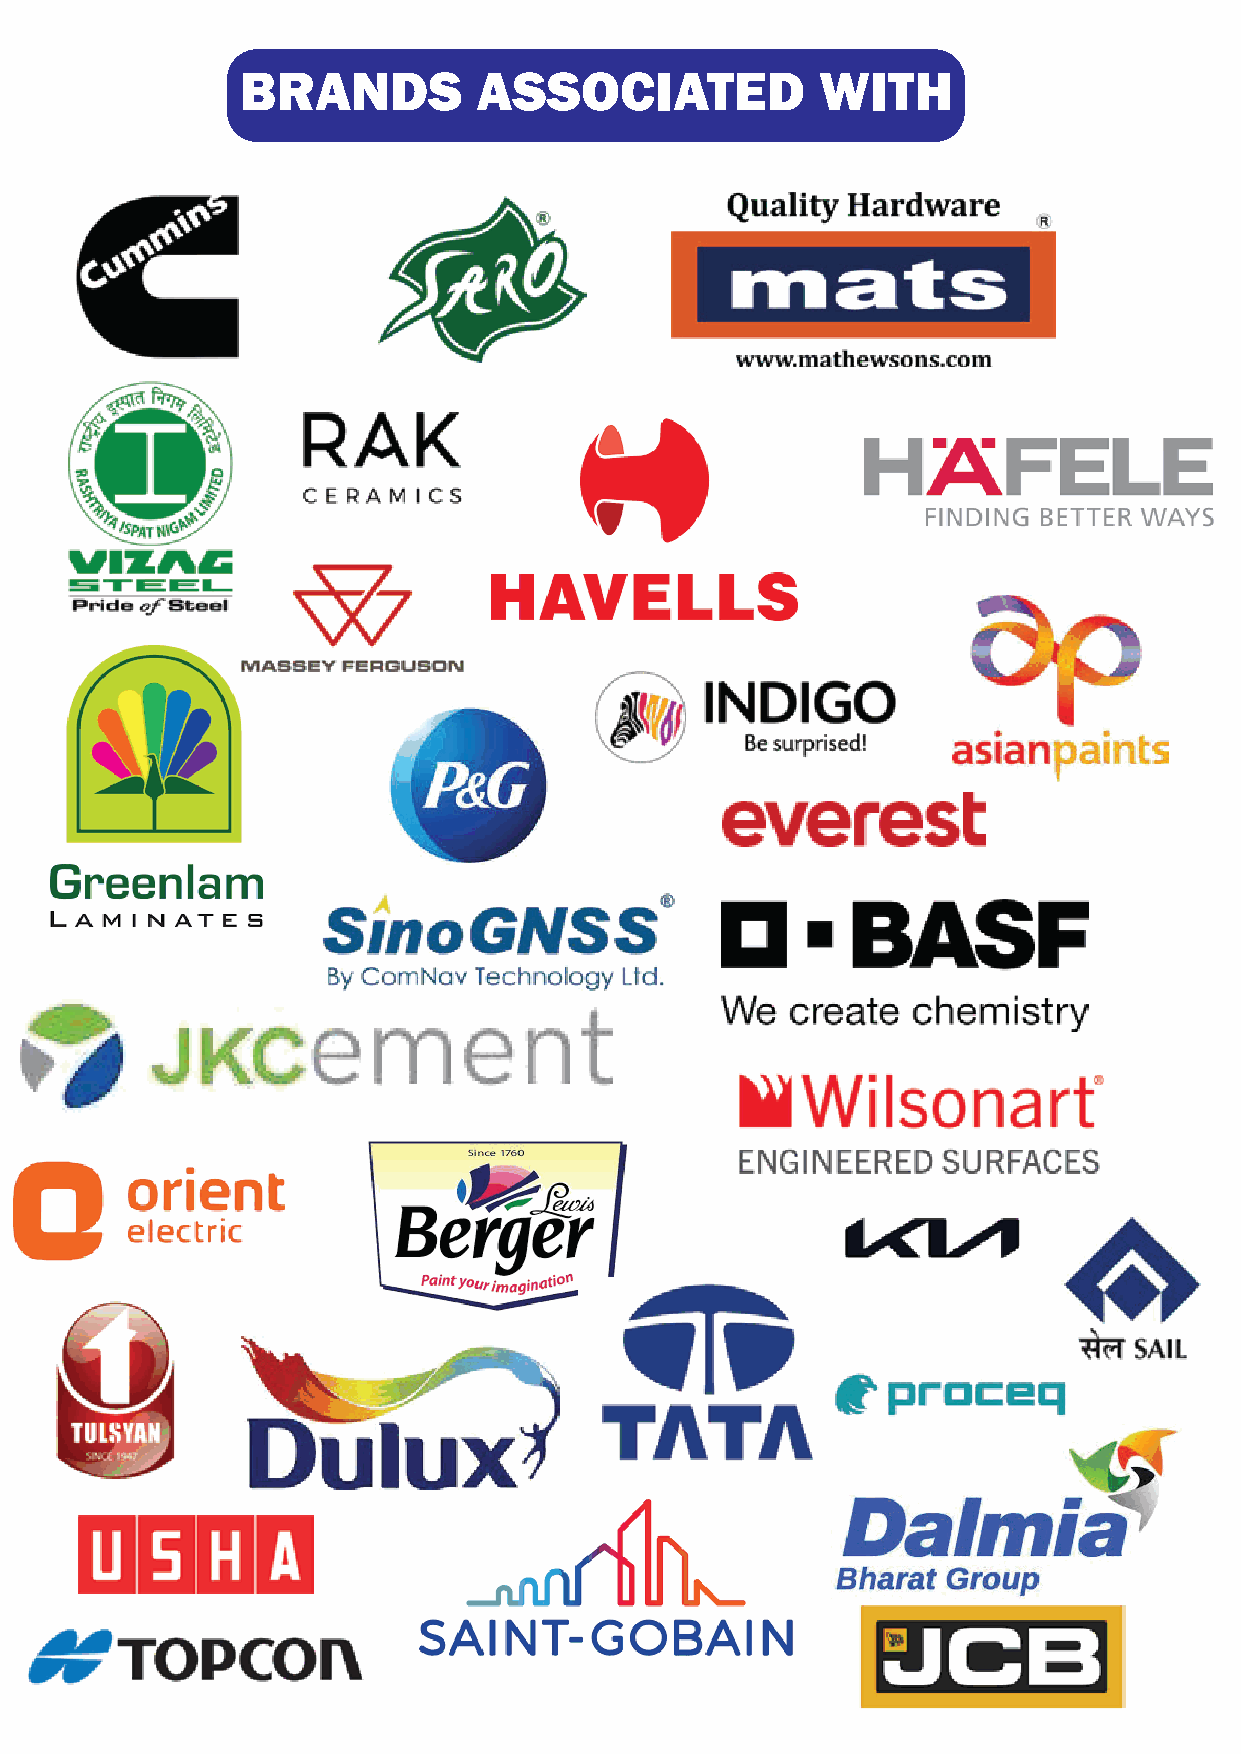
BRANDS          ASSOCIATED            WITH
 1